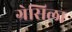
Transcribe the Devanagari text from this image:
ग्रेसिला